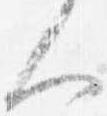
人